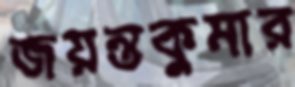
জয়ন্তকুমার